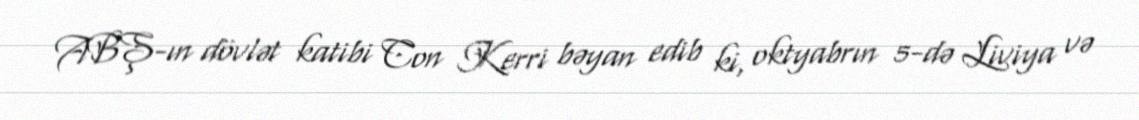
ABŞ-ın dövlət katibi Con Kerri bəyan edib ki, oktyabrın 5-də Liviya və